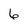
Character: 6